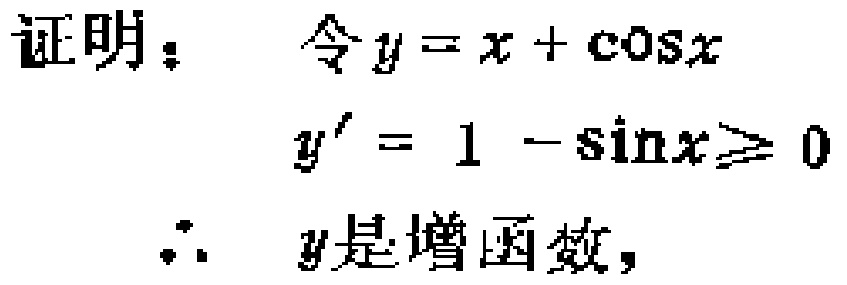
证明：令\(y = x + \cos x\)
\(y' = 1 - \sin x\geqslant 0\)
\(\therefore\) \(y\)是增函数，